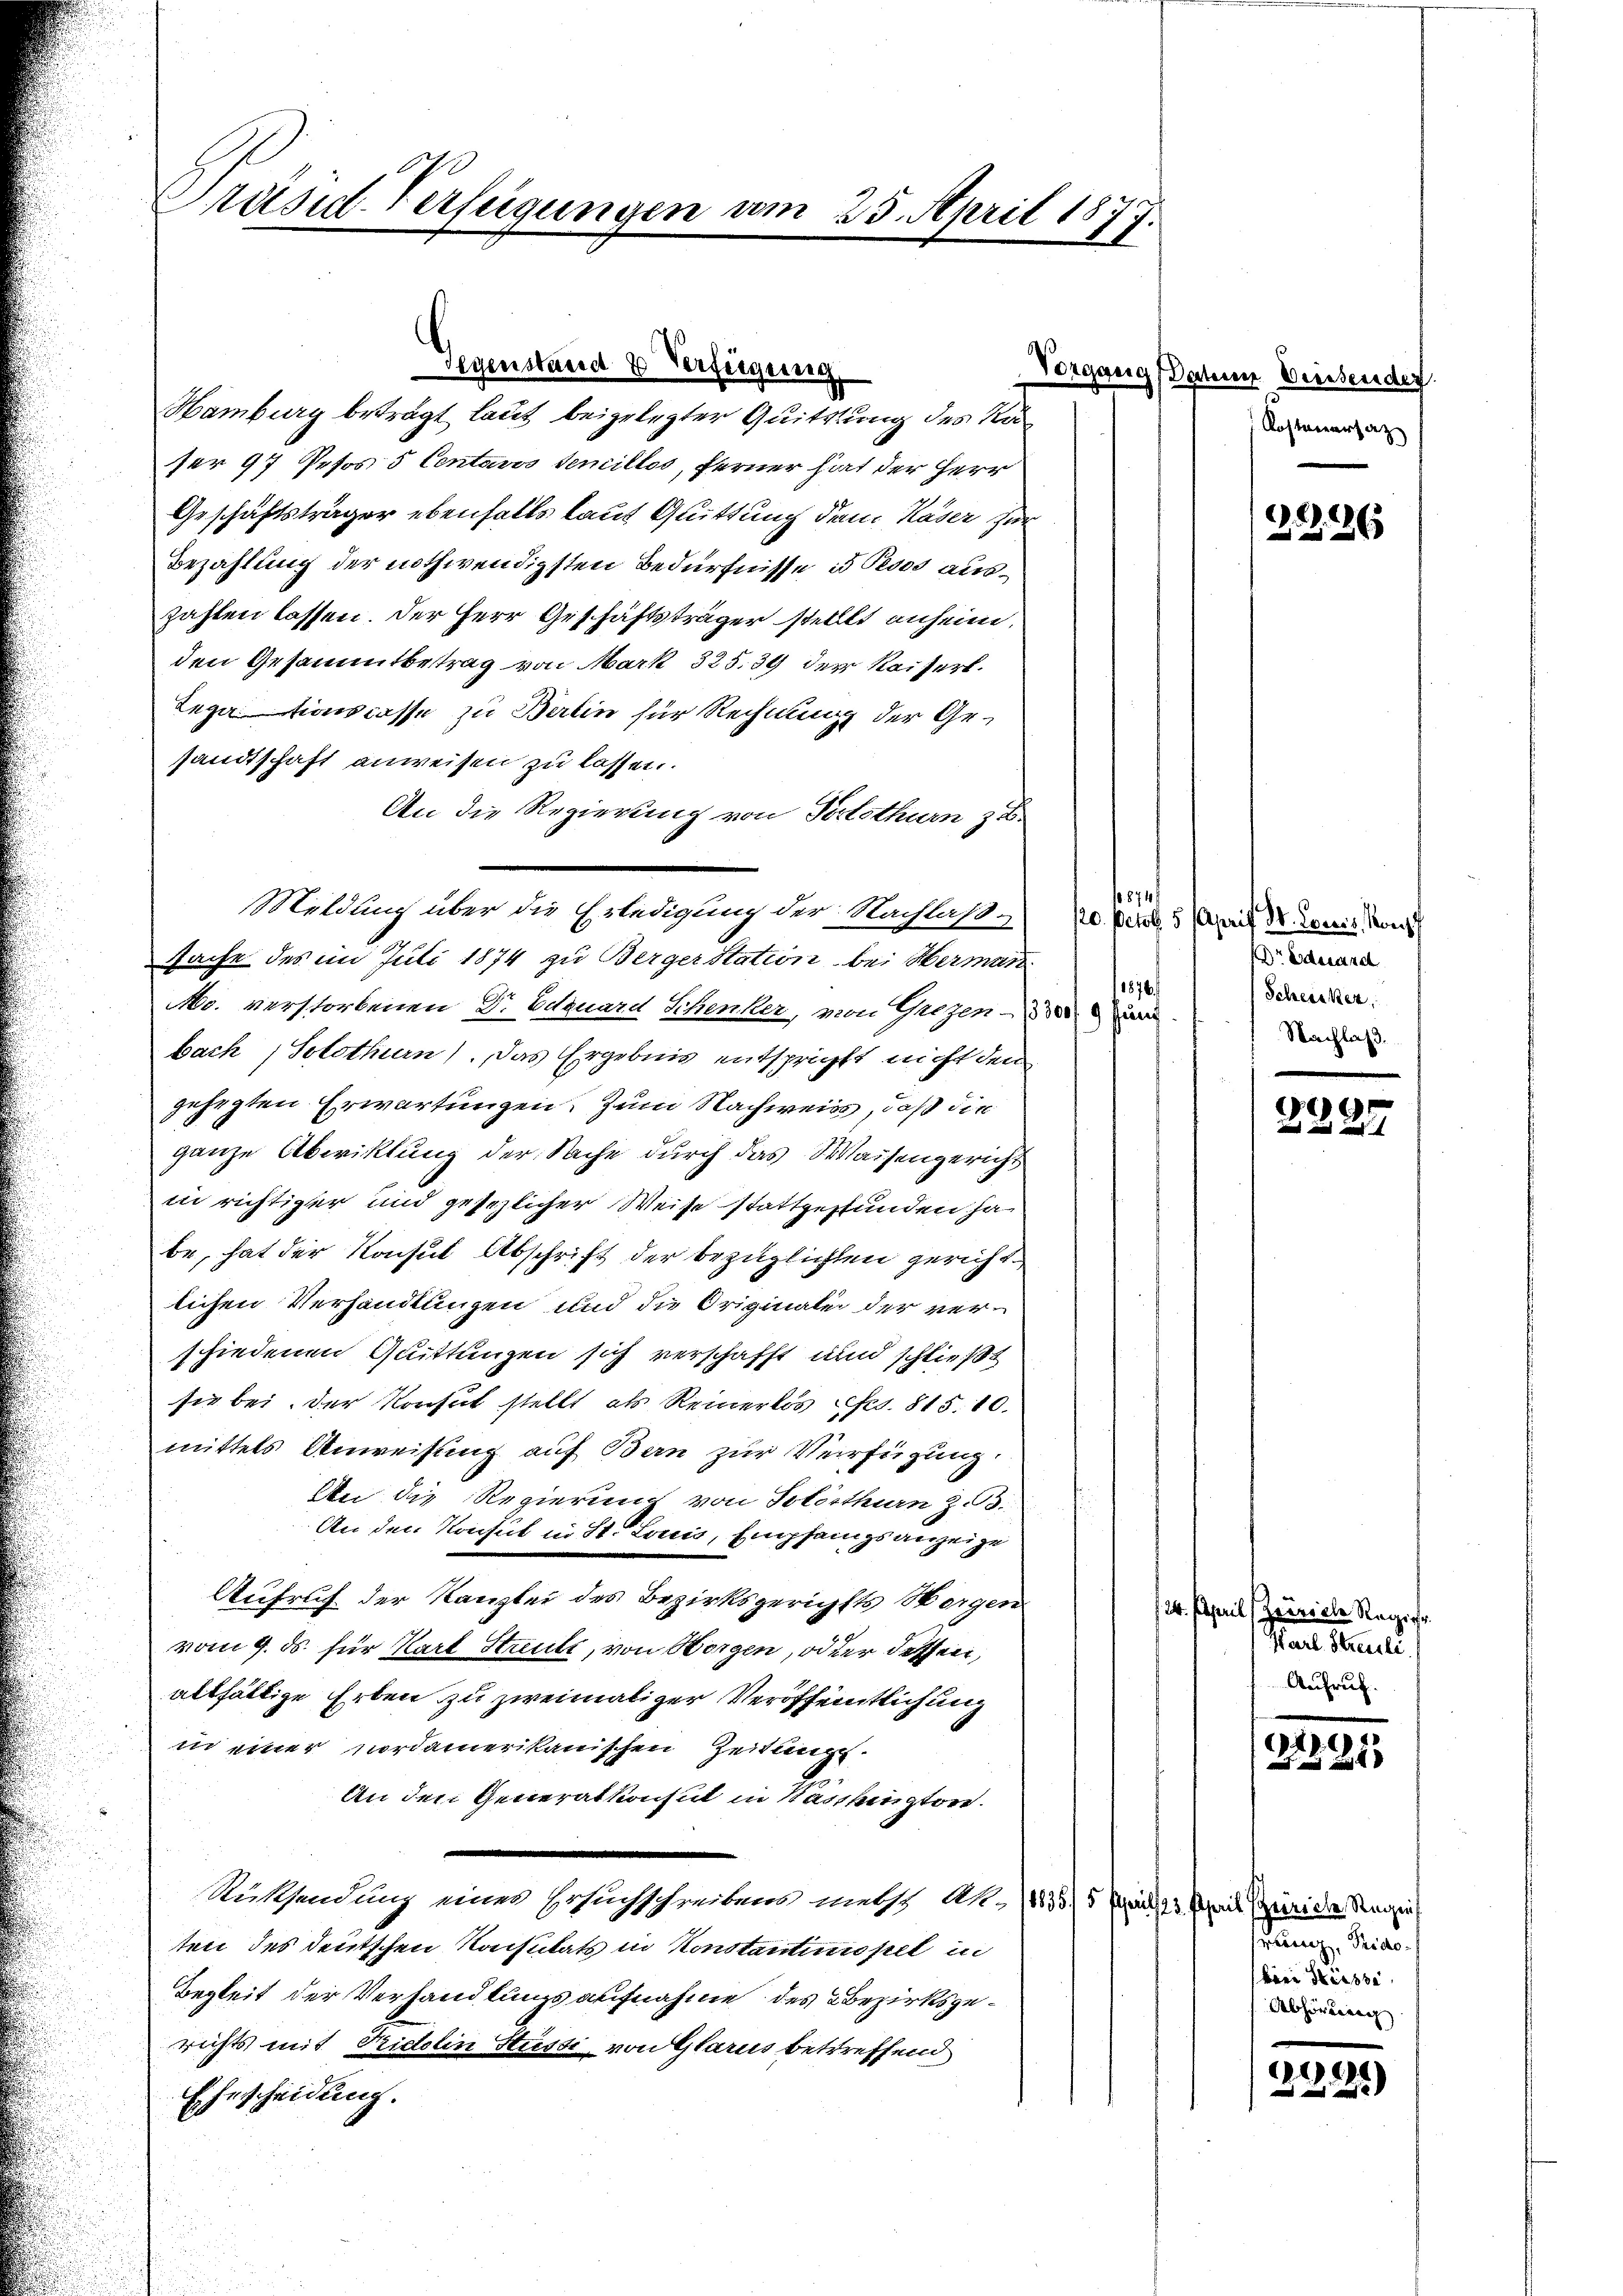
Präsid-Verfügungen am 25. April 1877.

Gegenstand 2 Verfügung
Hamburg beträgt laut beigelegter Quittung des Kä¬

er 97 Petos 5 Centaris Semillos, ferner hat der Herr
Geschäftsträger ebenfalls laut Quittung dem Kaser zur
Bezahlung der nothwendigsten Bedürfnisse 3 Peoos auszahlen lassen. Der Herr Geschäftsträger stellt anheim,
den Gesammtbetrag von Mark 325. 39 der Kaiserl.
Legationscasse zu Berlin für Rechnung der Gesandtschaft anweisen zu lassen.
An die Regierung von Fortsthurn zu.
Meldung über die Erledigung der Nachlaß.
Sache des im Juli 1874 zu Berger Station bei Herman
Mo. verstorbenen Dr. Eduard Schenker, von Giezen
bach Solothurn). Das Ergebnis entspricht nicht den
gehegten Erwartungen. Zum Nachweiss, daß die
ganze Abwicklung der Sache durch das Waisengericht
in richtiger und gesezlicher Weise stattgestunden ha
be, hat der Konsul Abschrift der bezüglichten gerichtlichen Verhandlungen und die Originale der verschiedenen Quittungen sich verschafft und schließt
sie bei. Der Vorsich stellt, als Reinerlos fs. 815.10.
mittels Anweisung auf Bern zur Verfügung.
An die Regierung von Solothurn z. B.
An den Konsul in St. Louis, Empfangsanzeige
¬
Aufruf der Kanzlei des Bezirksgerichts Morgen
u
vom 9. ds. für Karl Streute, von Horgen, oder dessen,
altfältige Erben zu zweimaliger Veröffentlichung
in einer Nordamerikanischen Zeitung.
An den Generalkonsul in Sässhington
Rücksendung einer Ersuchschreibens meth Al. 1835/5 Zif. 2. Kreis Zürich Reihei
ten des deutschen Kaisitats in Konstantinopel in
Begkeit der Verhandlungsaufnahme des Bezirksgerichts mit Sidolin Stüsti von Glarus betreffend
Ehescheidung.

Vorgang Datum Diessender
Kostenersatz

G. 226

en
120. Octob. 5 Aprif Dr. Consis, Konz
Dr Ederset
1874.
Scheiner
Nachlaß.

09

24. April, Zeriale Regie
Karl Streisli
Aufruf.

319.
1
.

renz, Pries
brer Hasse
Abhörung

e
2)
.
12